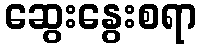
ဆွေးနွေးစရာ